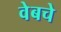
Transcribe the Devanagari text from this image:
वेबचे